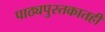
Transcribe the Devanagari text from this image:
पाठ्यपुस्तकातही